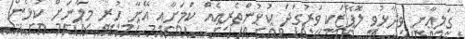
ގަލިއާނީ ވިދާޅުވީ ލޮޕޭޒަކީ ވަރުގަދަ ކުޅުންތެރިއެއް ކަމަށާއި އޭނާ ހުރީ މިލާނަށް ކުޅެން